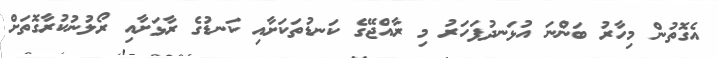
އެގޮތުން މިހާރު ބަންނަ އުޅަނދުފަހަރު މި ރާއްޖޭގެ ކަނޑުތަކަށާއި ކަނޑުގެ ރާޅަށާއި ރޯލުނުކުރާގޮތަށް